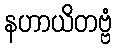
နဟာယိတဗ္ဗံ